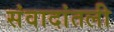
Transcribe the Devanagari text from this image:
संवादांतली